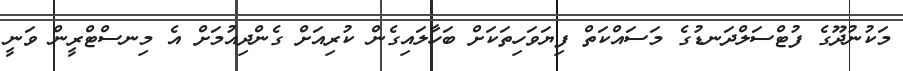
މަކުނުދޫގެ ފުޓްސަލްދަނޑުގެ މަސައްކަތް ފިޔަވަހިތަކަށް ބަހާލައިގެން ކުރިއަށް ގެންދިއުމަށް އެ މިނސްޓްރީން ވަނީ